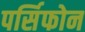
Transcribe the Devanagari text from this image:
पर्सिफोन